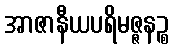
အာဇာနီယပရိမဇ္ဇနဉ္စ